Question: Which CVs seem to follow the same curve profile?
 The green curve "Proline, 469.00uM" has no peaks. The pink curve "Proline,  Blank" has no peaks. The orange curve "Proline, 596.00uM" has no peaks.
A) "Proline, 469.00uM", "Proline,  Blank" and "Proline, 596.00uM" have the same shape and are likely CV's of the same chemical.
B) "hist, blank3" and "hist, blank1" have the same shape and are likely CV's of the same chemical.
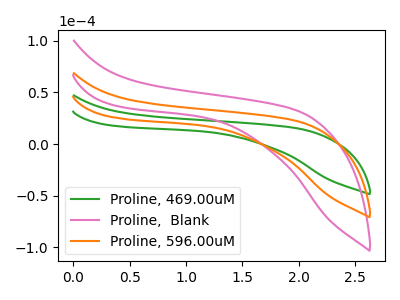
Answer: <think>Neither "Proline, 469.00uM" or "Proline,  Blank" have any peaks. Neither "Proline, 469.00uM" or "Proline, 596.00uM" have any peaks. Neither "Proline,  Blank" or "Proline, 596.00uM" have any peaks.
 </think>
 <answer>A) "Proline, 469.00uM", "Proline,  Blank" and "Proline, 596.00uM" have the same shape and are likely CV's of the same chemical.</answer>
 <eval>A</eval>